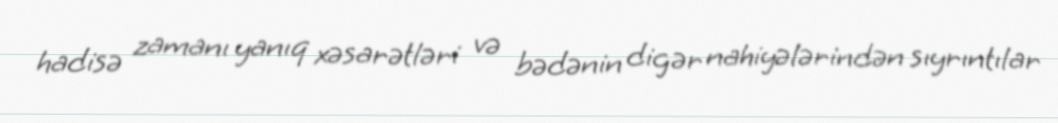
hadisə zamanı yanıq xəsarətləri və bədənin digər nahiyələrindən sıyrıntılar